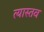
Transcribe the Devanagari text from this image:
त्यास्तव